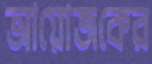
আয়োজকের